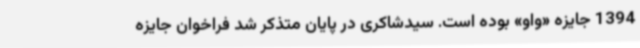
1394 جایزه «واو» بوده است. سیدشاکری در پایان متذکر شد فراخوان جایزه